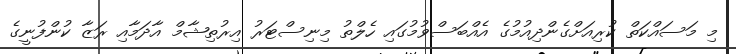
މި މަސައްކަތް ކުރިއަށްގެންދިއުމުގެ އެއްބަސްވުމުގައި ހެލްތު މިނިސްޓަރު އިރުތިޝާމް އާދަމާއި ރަޒާ ކުންފުނީގެ